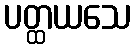
ပတ္ထယသေ